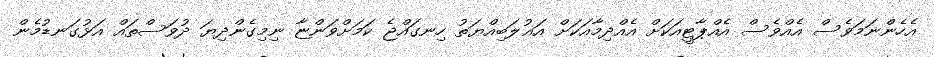
އެހެންނަމަވެސް އެއްވެސް އެއްޕާޓީއަކަށް އެއްދިމާއަކަށް އަޣުލަބިއްޔަތު ހިނގައްޖެ ކަމަށްވަންޏާ ނިމިގެންދިޔަ ދުވަސްތައް އަޅުގަނޑުމެން